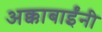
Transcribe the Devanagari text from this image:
अक्काबाईंनी